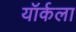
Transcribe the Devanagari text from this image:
यॉर्कला